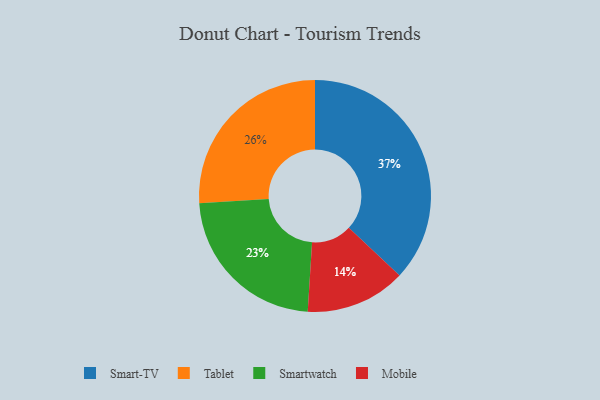
{"axis": {"x": "Category", "y": "Percentage"}, "legend": ["Mobile", "Smart-TV", "Smartwatch", "Tablet"], "data": [{"x": "Tablet", "y": 26, "type": "Tablet"}, {"x": "Smartwatch", "y": 23, "type": "Smartwatch"}, {"x": "Mobile", "y": 14, "type": "Mobile"}, {"x": "Smart-TV", "y": 37, "type": "Smart-TV"}]}